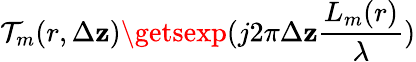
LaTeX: \mathcal{T}_{m}(r,\Delta\mathbf{z})\getsexp(j2\pi\Delta\mathbf{z}\frac{{L_{m}(r)}}{{\lambda}})